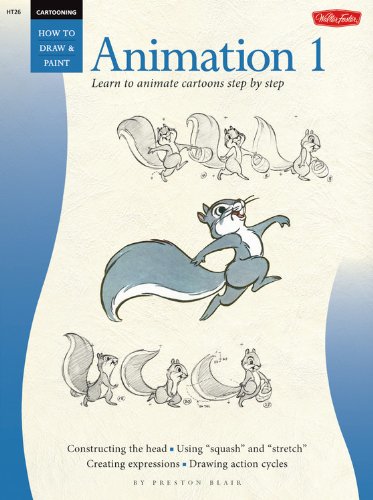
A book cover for Animation 1: Learn to Animate Cartoons Step by Step (Cartooning, Book 1); Preston J. Blair; Comics & Graphic Novels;